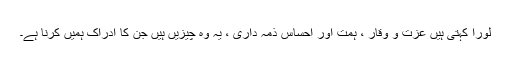
لورا کہتی ہیں عزت و وقار ، ہمت اور احساس ذمہ داری ، یہ وہ چیزیں ہیں جن کا ادراک ہمیں کرنا ہے۔